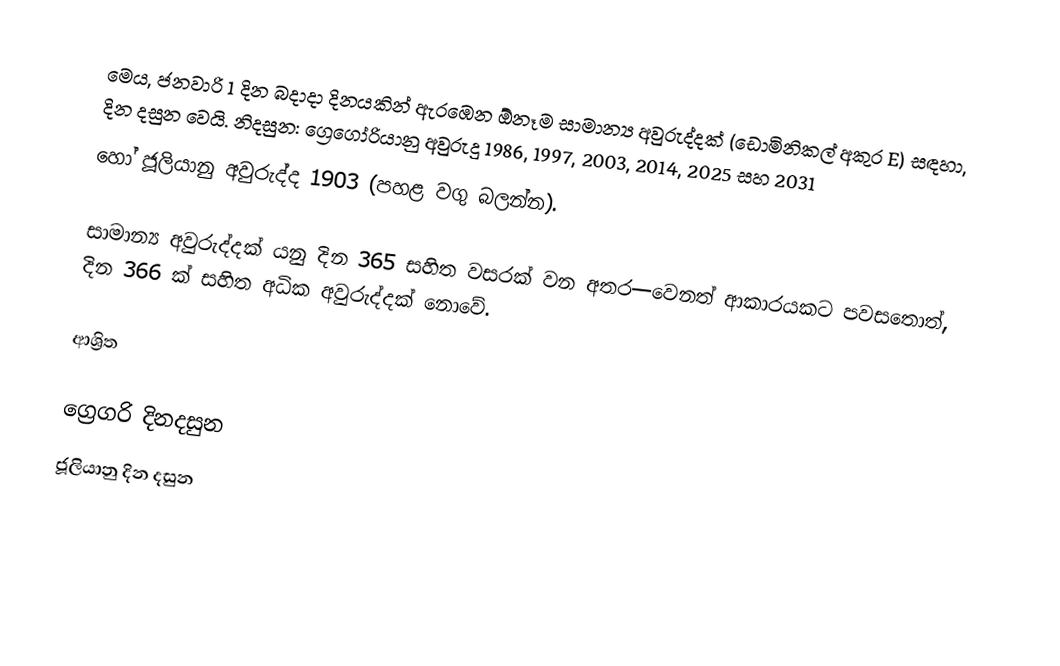
මෙය, ජනවාරි 1 දින බදාදා දිනයකින් ඇරඹෙන ඕනෑම  සාමාන්‍ය අවුරුද්දක්  (ඩොමිනිකල් අකුර E) සඳහා,  දින දසුන වෙයි. නිදසුන: ග්‍රෙගෝරියානු අවුරුදු 1986, 1997, 2003, 2014, 2025 සහ 2031
හෝ  ජූලියානු අවුරුද්ද 1903 (පහළ වගු බලන්න).

සාමාන්‍ය අවුරුද්දක් යනු දින 365 සහිත වසරක් වන අතර—වෙනත් ආකාරයකට පවසතොත්, දින 366 ක් සහිත අධික අවුරුද්දක් නොවේ.

ආශ්‍රිත

ග්‍රෙගරි දිනදසුන
ජූලියානු දින දසුන